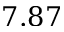
7 . 8 7